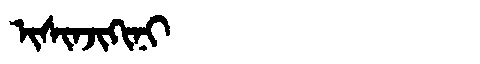
Manchu: ᡳᠰᡳᠨᠵᡳᡴᡳᠨᡳ
Romanization: ISINJIKINI